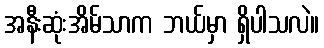
အနီးဆုံးအိမ်သာက ဘယ်မှာ ရှိပါသလဲ။